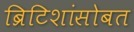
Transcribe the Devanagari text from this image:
ब्रिटिशांसोबत